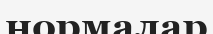
нормалар